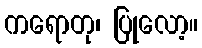
ကရောတု၊ ပြုလော့။